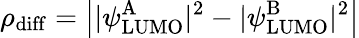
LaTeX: \rho_{\mathrm{diff}}=\left||\psi_{\mathrm{LUMO}}^{\mathrm{A}}|^{2}-|\psi_{\mathrm{LUMO}}^{\mathrm{B}}|^{2}\right|